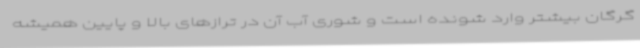
گرگان بیشتر وارد شونده است و شوری آب آن در ترازهای بالا و پایین همیشه